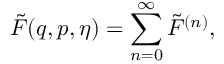
\tilde { F } ( q , p , \eta ) = \sum _ { n = 0 } ^ { \infty } \tilde { F } ^ { ( n ) } ,